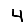
Digit: 4